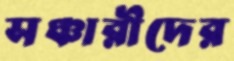
সঞ্চারীদের